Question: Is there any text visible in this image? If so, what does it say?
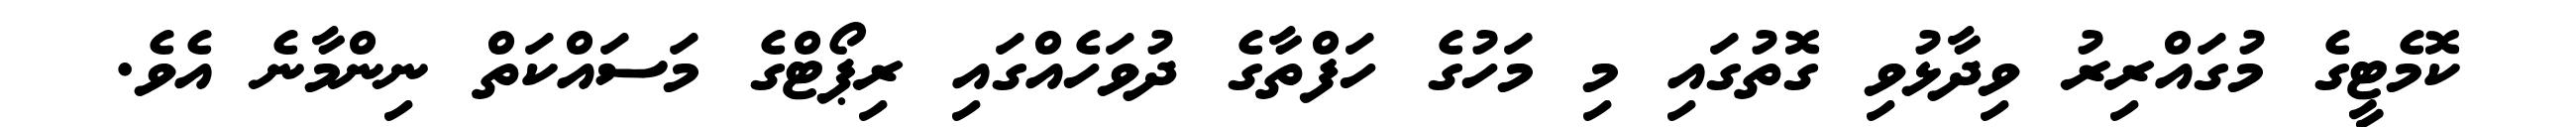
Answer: ކޮމެޓީގެ މުގައްރިރު ވިދާޅުވި ގޮތުގައި މި މަހުގެ ހަފްތާގެ ދުވަހެއްގައި ރިޕޯޓްގެ މަސައްކަތް ނިންމާނެ އެވެ.